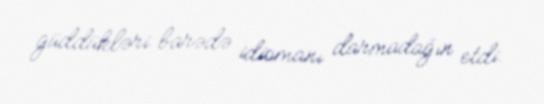
güddükləri barədə idiomanı darmadağın etdi.